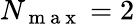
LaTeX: N_{\mathrm{~m~a~x~}}=2